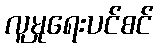
လူမှုရေးပင်စင်